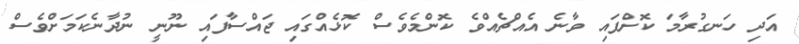
އަދި ހަނގުރާމަ ކޮށްފައި ވާނެ އެއްޗެއްވެ ކޮންމެވެސް ކޮޅެއްގައި ޖައްސާފައި ނޫނީ ނުދާނެކަމަށްވެސް